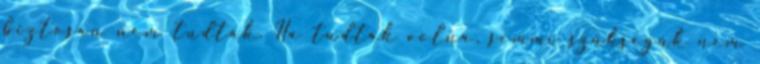
biztosan nem tudták. Ha tudták volna, semmi szükségük nem